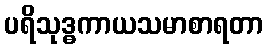
ပရိသုဒ္ဓကာယသမာစာရတာ